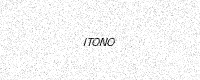
Text: ITONO